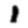
Digit: 1